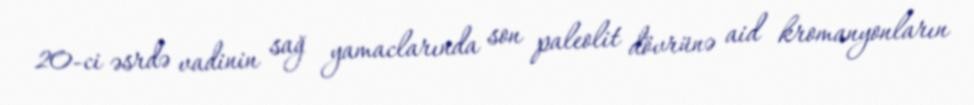
20-ci əsrdə vadinin sağ yamaclarında son paleolit dövrünə aid kromanyonların